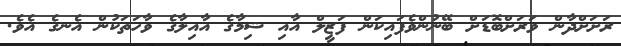
ރަށަށްދާން ވަރަށްބޮޑަށް ބޭނުންވެފައިކަން ފަޒީލް އާއި ޝިމާގެ އާއިލާގެ ވާހަތަކުން އެނގެ އެވެ.